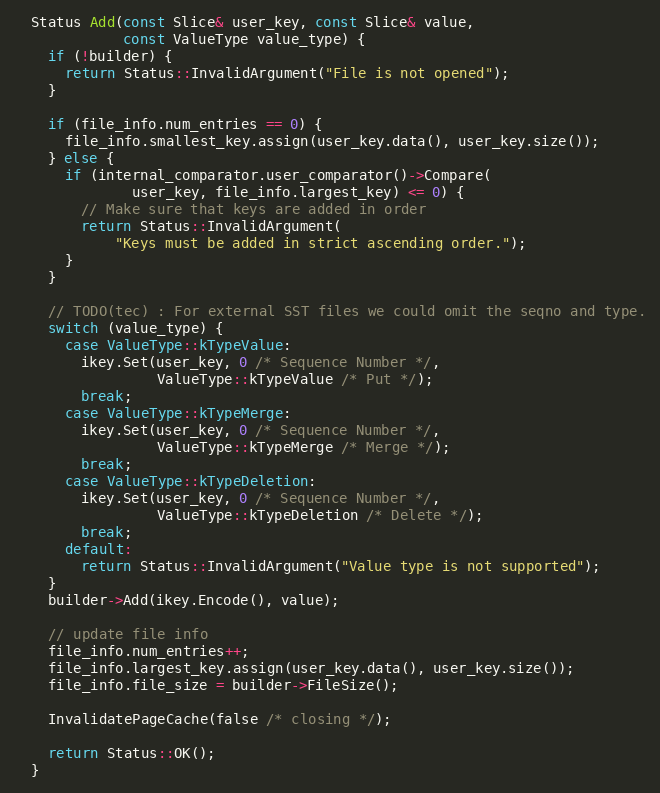
Language: C++
  Status Add(const Slice& user_key, const Slice& value,
             const ValueType value_type) {
    if (!builder) {
      return Status::InvalidArgument("File is not opened");
    }

    if (file_info.num_entries == 0) {
      file_info.smallest_key.assign(user_key.data(), user_key.size());
    } else {
      if (internal_comparator.user_comparator()->Compare(
              user_key, file_info.largest_key) <= 0) {
        // Make sure that keys are added in order
        return Status::InvalidArgument(
            "Keys must be added in strict ascending order.");
      }
    }

    // TODO(tec) : For external SST files we could omit the seqno and type.
    switch (value_type) {
      case ValueType::kTypeValue:
        ikey.Set(user_key, 0 /* Sequence Number */,
                 ValueType::kTypeValue /* Put */);
        break;
      case ValueType::kTypeMerge:
        ikey.Set(user_key, 0 /* Sequence Number */,
                 ValueType::kTypeMerge /* Merge */);
        break;
      case ValueType::kTypeDeletion:
        ikey.Set(user_key, 0 /* Sequence Number */,
                 ValueType::kTypeDeletion /* Delete */);
        break;
      default:
        return Status::InvalidArgument("Value type is not supported");
    }
    builder->Add(ikey.Encode(), value);

    // update file info
    file_info.num_entries++;
    file_info.largest_key.assign(user_key.data(), user_key.size());
    file_info.file_size = builder->FileSize();

    InvalidatePageCache(false /* closing */);

    return Status::OK();
  }